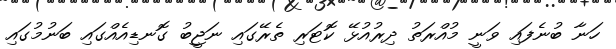
ހަނާ ބުނެފައި ވަނީ މުއްރަތު ދިރުއުޅޭ ކޮޓަރި ތެރޭގައި ނަޖީބު ގޮނޑިއެއްގައި ބަނުމުގައި